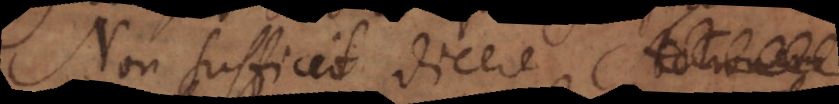
Non sufficit dicere Actionem